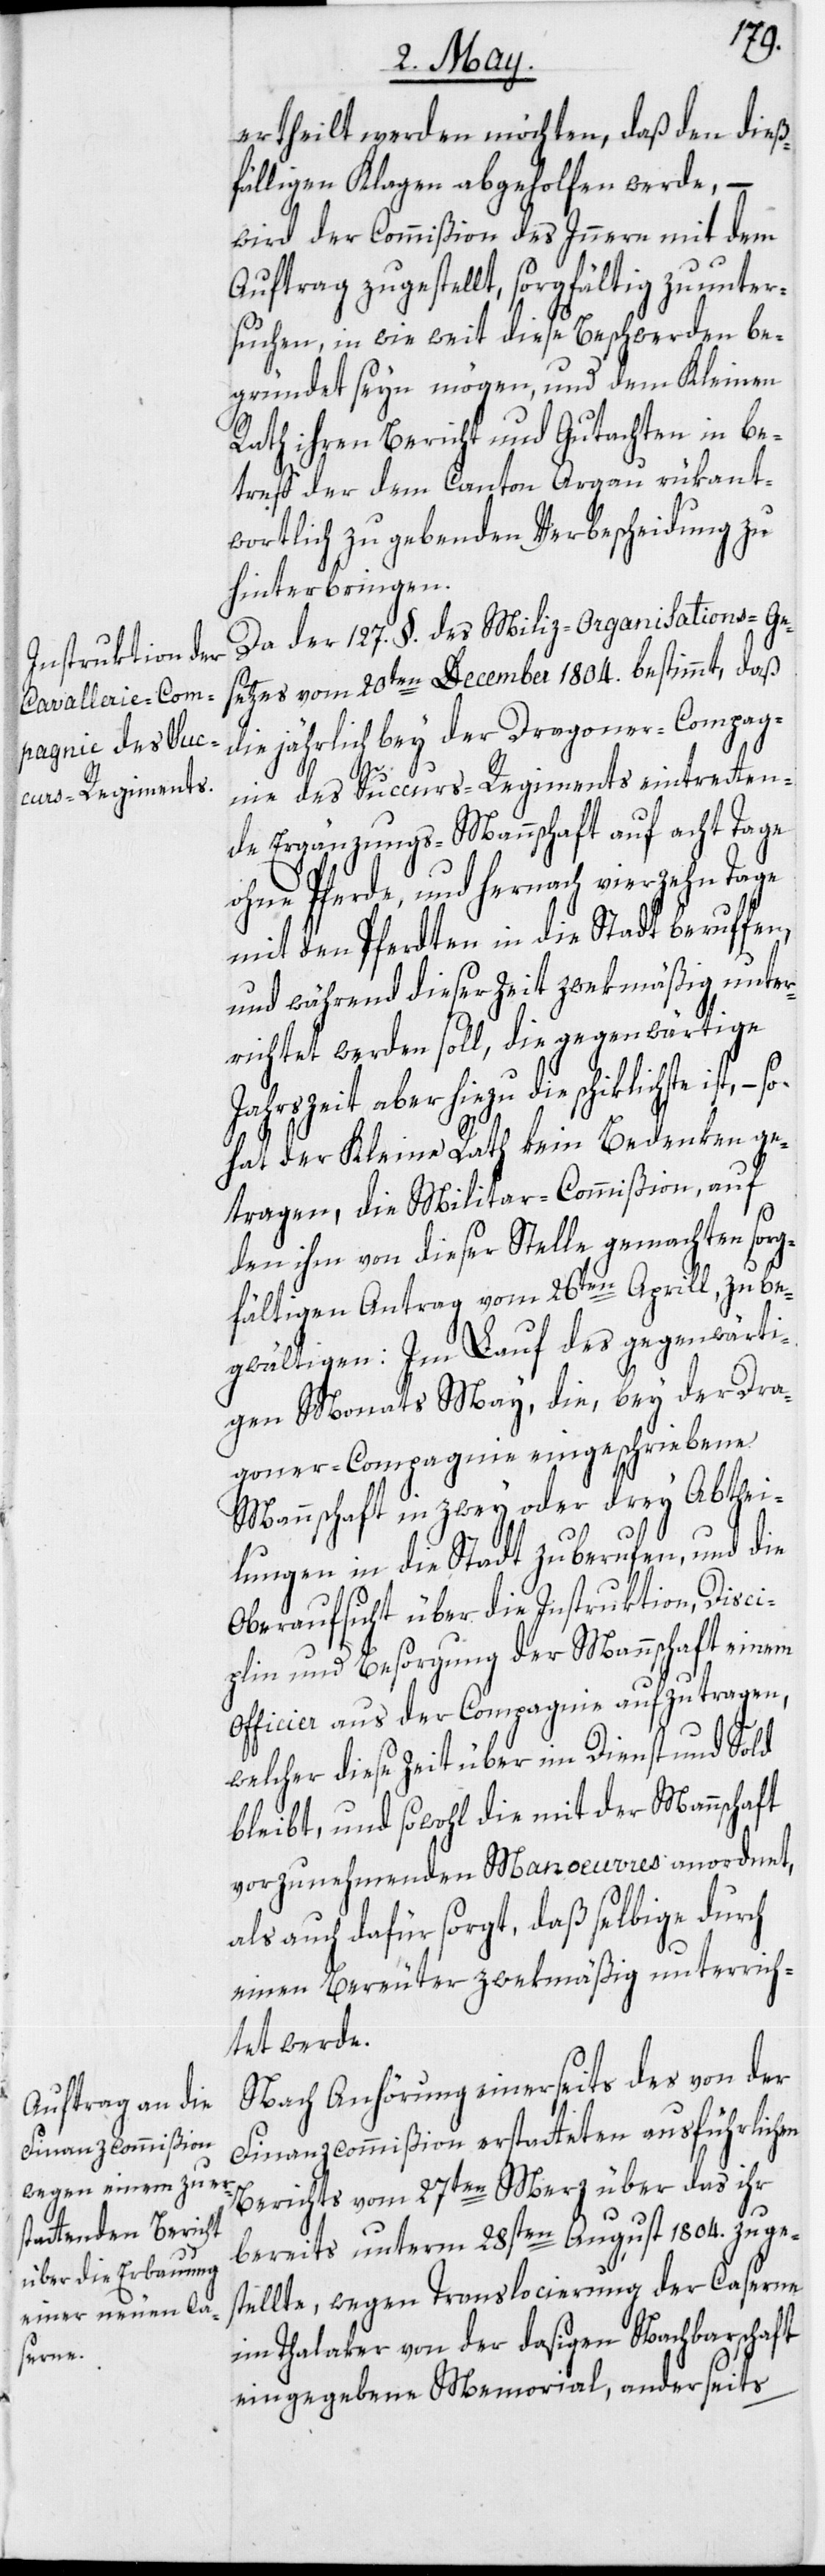
goner-Com¬
daß den dieß¬
pagnie

fälligen Klagen abgeholfen werde, –
wird der Commißion des Innern mit dem
Auftrag zugestellt, sorgfältig zu unter¬
suchen, in wie weit diese Beschwerden be¬
gründet seyn mögen, und dem Kleinen
Rath ihren Bericht und Gutachten in be¬
treff der dem Canton Argau rükant¬
wortlich zu gebenden Verbescheidung zu
hinterbringen.
Da der 127. §. des Miliz-Organisations-Ge¬
setzes vom 20ten December 1804. bestimmt, daß
die jährlich bey der Dragoner-Compag¬
nie des Succurs-Regiments eintretten¬
de Ergänzungs-Mannschaft auf acht Tage
ohne Pferde, und hernach vierzehn Tage
mit den Pferdten in die Stadt beruffen,
und während dieser Zeit zwekmäßig unter¬
richtet werden soll, die gegenwärtige
Jahrszeit aber hiezu die schiklichste ist,
hat der Kleine Rath kein Bedenken ge¬
tragen, die Militar-Commißion, auf
den ihm von dieser Stelle gemachten sorg¬
fältigen Antrag vom 26ten Aprill, zu be¬
gwältigen: Im Lauf des gegenwärti¬
gen Monats May, die, bey der Dra¬
Mannschaft in zwey oder drey Abthei¬
lungen in die Stadt zu berufen, und die
Oberaufsicht über die Instruktion, Disci¬
plin und Besorgung der Mannschaft einem
Officier aus der Compagnie aufzutragen,
welcher diese Zeit über im Dienst und Sold
bleibt, und sowohl die mit der Mannschaft
vorzunehmenden Manoeuvres anordnet,
als auch dafür sorgt, daß selbige durch
einen Bereuter zwekmäßig unterrich¬
tet werde.
Nach Anhörung einerseits des von der
Finanzcommißion erstatteten ausführlichen
Berichts vom 27ten Merz über das ihr
bereits unterm 28sten August 1804. zuge¬
stellte, wegen Translocierung der Caserne
im Thalaker von der dasigen Nachbarschaft
eingegebene Memorial, anderseits